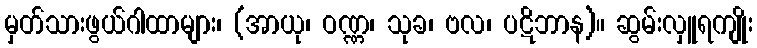
မှတ်သားဖွယ်ဂါထာများ၊ (အာယု၊ ဝဏ္ဏ၊ သုခ၊ ဗလ၊ ပဋိဘာန)။ ဆွမ်းလှူရကျိုး